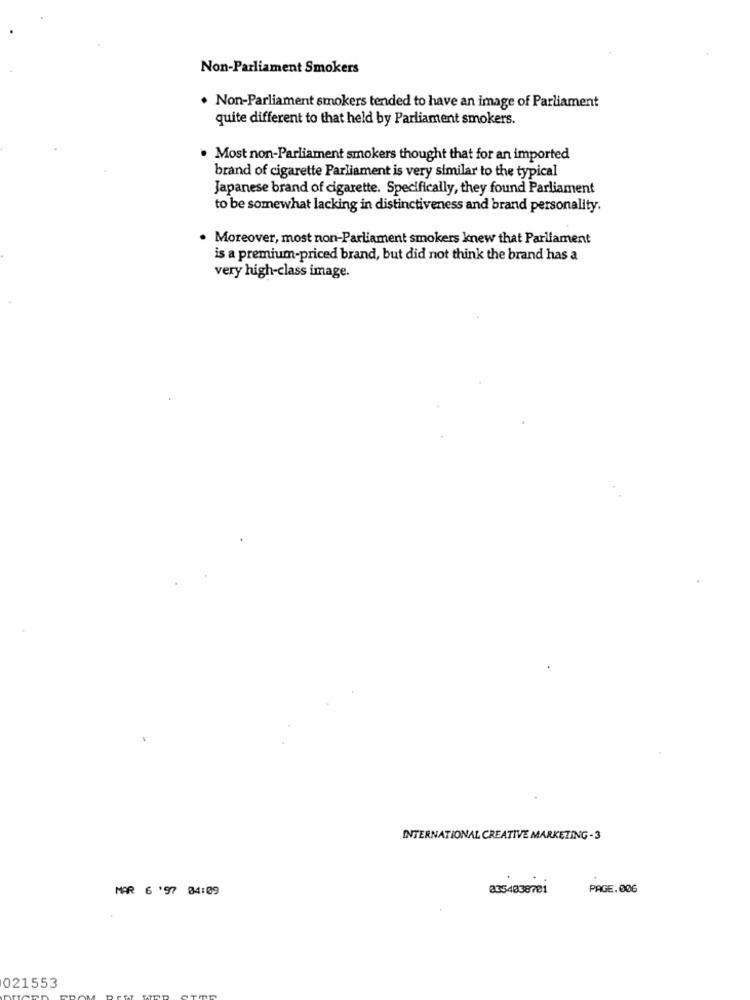
Non-Parliament Smokers
. Non-Parliament smokers tended to have an image of Parliament
quite different to that held by Parliament smokers.
. Most non-Parliament smokers thought that for an imported
brand of cigarette Parliament is very similar to the typical
Japanese brand of cigarette. Specifically, they found Parliament
to be somewhat lacking in distinctiveness and brand personality.
Moreover, most non-Parliament smokers knew that Parliament
is a premium-priced brand, but did not think the brand has a
very high-class image.
INTERNATIONAL CREATIVE MARKETING-3
MAR 6 '97 04:09
835-4838781
PAGE.006
021553